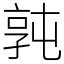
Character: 㝄